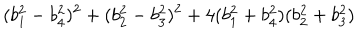
LaTeX: ( b _ { 1 } ^ { 2 } - b _ { 4 } ^ { 2 } ) ^ { 2 } + ( b _ { 2 } ^ { 2 } - b _ { 3 } ^ { 2 } ) ^ { 2 } + 4 ( b _ { 1 } ^ { 2 } + b _ { 4 } ^ { 2 } ) ( b _ { 2 } ^ { 2 } + b _ { 3 } ^ { 2 } )